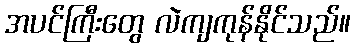
အပင်ကြီးတွေ လဲကျကုန်နိုင်သည်။